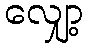
လျှော့